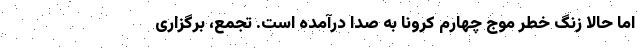
اما حالا زنگ خطر موج چهارم کرونا به صدا درآمده است. تجمع، برگزاری